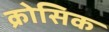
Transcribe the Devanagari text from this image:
क्रोसिक